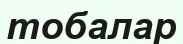
тобалар